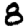
Digit: 8